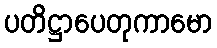
ပတိဋ္ဌာပေတုကာမော